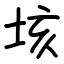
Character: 垓